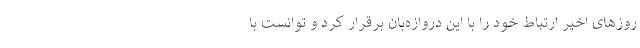
روزهای اخیر ارتباط خود را با این دروازه‌بان برقرار کرد و توانست با